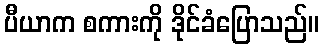
ပီယာက စကားကို ဒိုင်ခံပြောသည်။